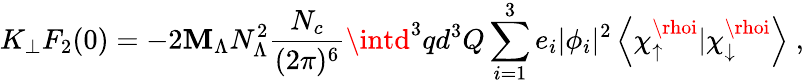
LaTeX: K_{\perp}F_{2}(0)=-2\mathbf{M}_{\Lambda}N_{\Lambda}^{2}{\frac{{N_{c}}}{{(2\pi)^{6}}}}\intd^{3}qd^{3}Q\sum_{i=1}^{3}e_{i}|\phi_{i}|^{2}\left<\chi_{\uparrow}^{\rhoi}|\chi_{\downarrow}^{\rhoi}\right>\; ,